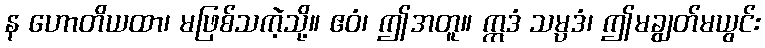
န ဟောတိယထာ၊ မဖြစ်သကဲ့သို့။ ဧဝံ၊ ဤအတူ။ ဣဒံ သမ္ပဒံ၊ ဤမချွတ်မယွင်း